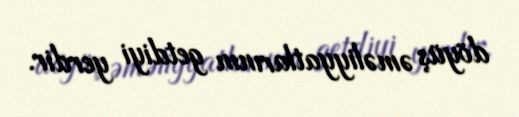
döyüş əməliyyatlarının getdiyi yerdir.